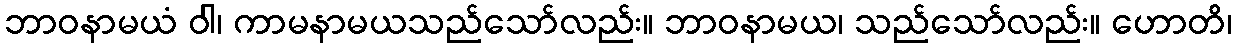
ဘာဝနာမယံ ဝါ၊ ကာမနာမယသည်သော်လည်း။ ဘာဝနာမယ၊ သည်သော်လည်း။ ဟောတိ၊